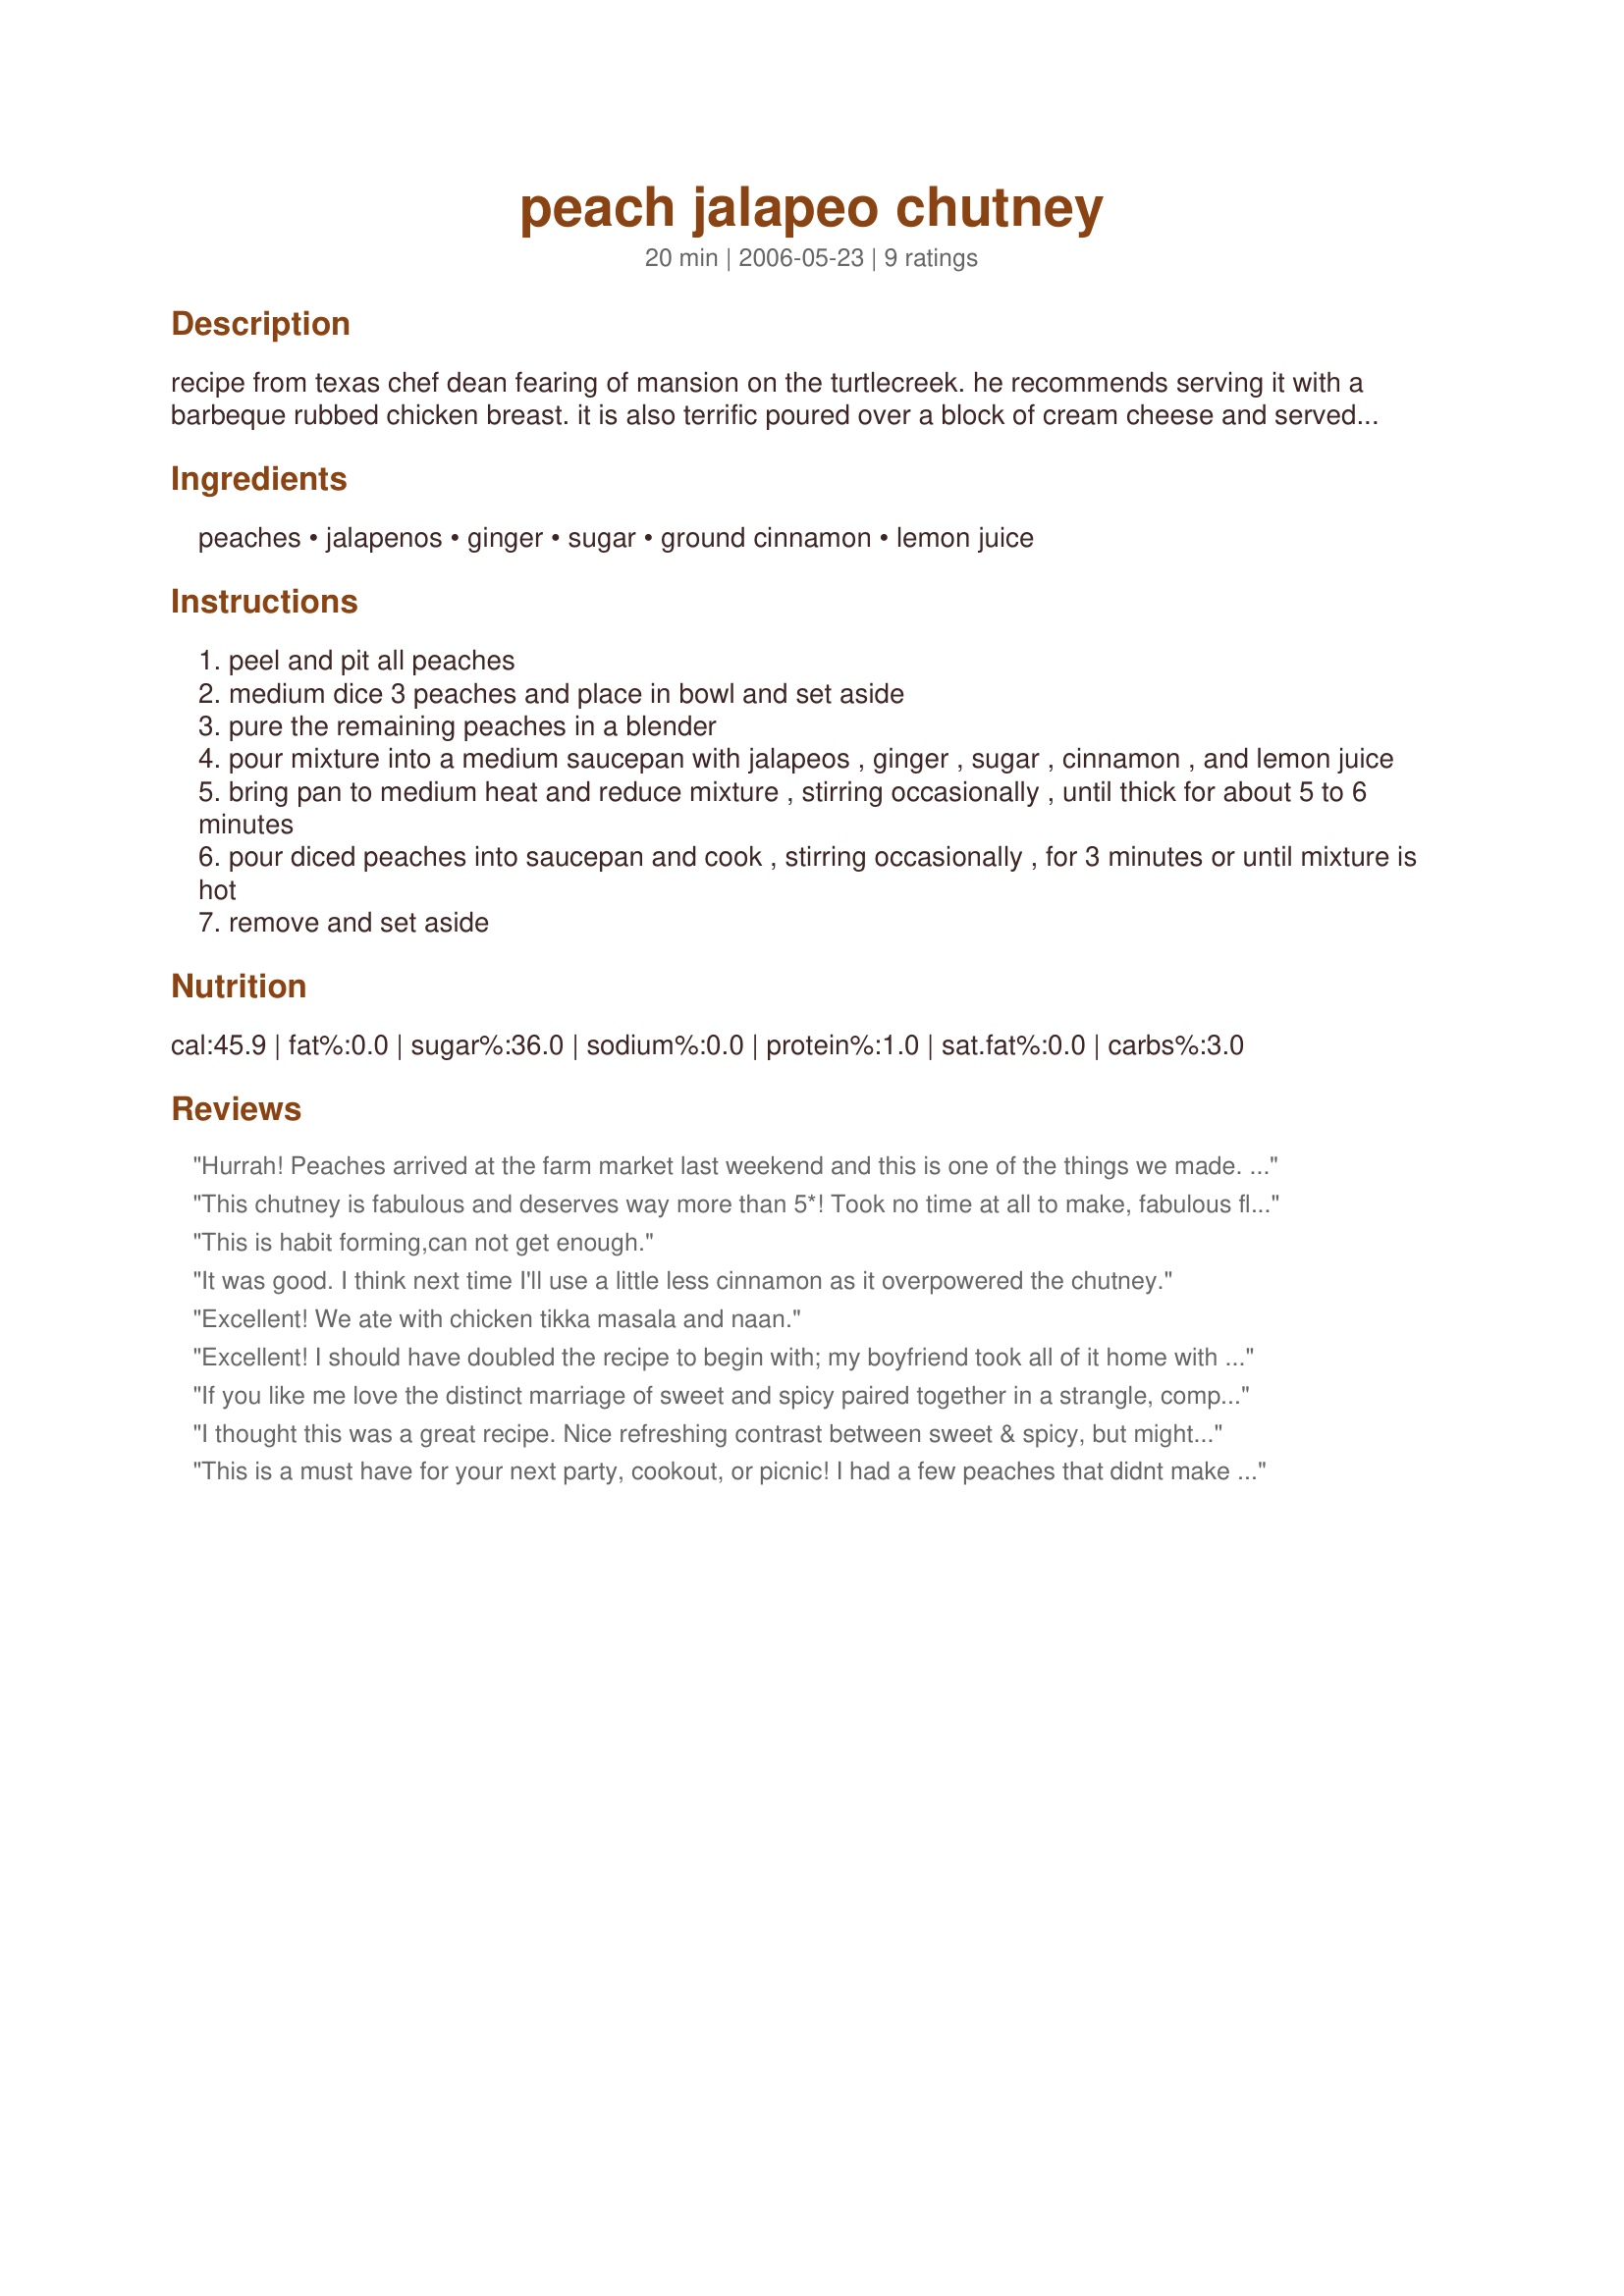
peach jalapeo chutney
Preparation time: 20 minutes

recipe from texas chef dean fearing of mansion on the turtlecreek. he recommends serving it with a barbeque rubbed chicken breast. it is also terrific poured over a block of cream cheese and served with crackers for an easy appetizer.

Ingredients:
peaches, jalapenos, ginger, sugar, ground cinnamon, lemon juice

Steps:
peel and pit all peaches
medium dice 3 peaches and place in bowl and set aside
pure the remaining peaches in a blender
pour mixture into a medium saucepan with jalapeos , ginger , sugar , cinnamon , and lemon juice
bring pan to medium heat and reduce mixture , stirring occasionally , until thick for about 5 to 6 minutes
pour diced peaches into saucepan and cook , stirring occasionally , for 3 minutes or until mixture is hot
remove and set aside

Reviews:
Hurrah! Peaches arrived at the farm market last weekend and this is one of the things we made. I wish I had doubled the recipe. It was being served with grilled chicken and shrimp, but people kept coming and dipping crackers or just plain spoons in it. Great recipe, Susie!
This chutney is fabulous and deserves way more than 5*! Took no time at all to make, fabulous flavour and was an awesome combo served with Chef Kate's Camarones Guayaquil Recipe #170446 recipe.
This is habit forming,can not get enough.
It was good. I think next time I'll use a little less cinnamon as it overpowered the chutney.
Excellent! We ate with chicken tikka masala and naan.
Excellent! I should have doubled the recipe to begin with; my boyfriend took all of it home with him! Will make more of it this week. Thank you for sharing this recipe!
If you like me love the distinct marriage of sweet and spicy paired together in a strangle, complex but wonderful combination, then you will love this one. Used farm fresh white peaches and gave them a quick blanching to make it easier to remove the skins. My one change to the recipe was to add z-Sweet a natural sugar replacement after the chutney was cooked. What I loved about this was the pure freshness of the fruit that you so often don't get in chutney and that it is so low in added sugar. Perfect for this chef and the WW Core program.
I thought this was a great recipe. Nice refreshing contrast between sweet & spicy, but might add an extra jalapeno next time. DH wasn't crazy about it, too much cinnamon for his tastes but DS totally LOVED it. I think less cinnamon & more jalapeno & we'd all love it equally. I'm really glad I stumbled on this recipe (had peaches that needed to be used up), we'll be making it again. Served today for a quick lunch of grilled chicken & white rice. Thanks for posting, Susie! Made for ZWT5 - Ali Baba's Babes.
This is a must have for your next party, cookout, or picnic! I had a few peaches that didnt make it so only had three to work with. Used one jalapeno, seeded and membrane removed, and half the amount of remaining ingredients. Poured the chutney over an 8 oz. square of cream cheese and served with crackers. Wonderful fresh peach taste and the perfect amount of sweetness to go along with the jalapeno. I enjoyed this while still warm and also after cooled. Thank you SusieD, awesome recipe!
